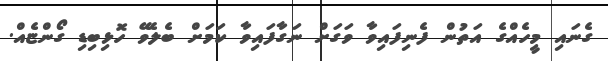
ގެނައި މީހެއްގެ އަތުން ފެނިފައިވާ ވަގަށް ނަގާފައިވާ ކަމަށް ބެލެވޭ ހޮޅިބިޑި ގޯންޏެއް.